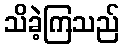
သိခဲ့ကြသည်